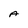
Character: A